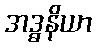
အဒ္ဓနိယာ